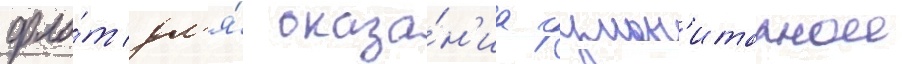
фло́т дл'я́ оказа́н'иа гуман'итарнои